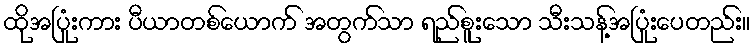
ထိုအပြုံးကား ပီယာတစ်ယောက် အတွက်သာ ရည်စူးသော သီးသန့်အပြုံးပေတည်း။